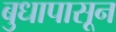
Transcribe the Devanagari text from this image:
बुधापासून